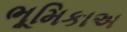
ભૂમિકાઅ